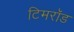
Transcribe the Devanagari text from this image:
टिमरॉड